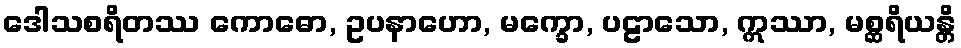
ဒေါသစရိတဿ ကောဓော, ဥပနာဟော, မက္ခော, ပဠာသော, ဣဿာ, မစ္ဆရိယန္တိ